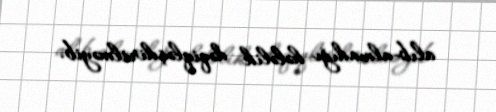
alıb-almadığı hələlik dəqiqləşdirilməyib.